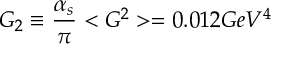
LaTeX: G _ { 2 } \equiv \frac { \alpha _ { s } } { \pi } < G ^ { 2 } > = 0 . 0 1 2 G e V ^ { 4 }